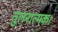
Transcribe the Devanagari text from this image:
तुलनात्मक।